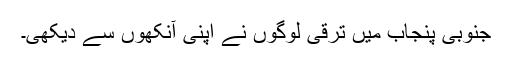
جنوبی پنجاب میں ترقی لوگوں نے اپنی آنکھوں سے دیکھی۔